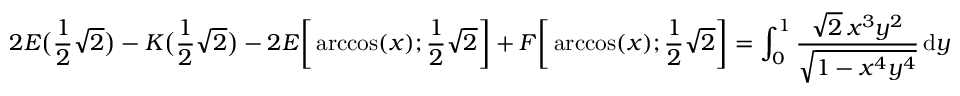
2 E { \bigl ( } { \frac { 1 } { 2 } } { \sqrt { 2 } } { \bigr ) } - K { \bigl ( } { \frac { 1 } { 2 } } { \sqrt { 2 } } { \bigr ) } - 2 E { \biggl [ } \operatorname { a r c c o s } ( x ) ; { \frac { 1 } { 2 } } { \sqrt { 2 } } { \biggr ] } + F { \biggl [ } \operatorname { a r c c o s } ( x ) ; { \frac { 1 } { 2 } } { \sqrt { 2 } } { \biggr ] } = \int _ { 0 } ^ { 1 } { \frac { { \sqrt { 2 } } \, x ^ { 3 } y ^ { 2 } } { \sqrt { 1 - x ^ { 4 } y ^ { 4 } } } } \, \mathrm { d } y